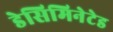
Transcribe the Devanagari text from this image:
डेसिमिनेटेड